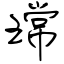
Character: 瑺